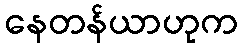
နေတန်ယာဟုက